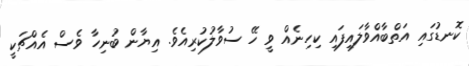
ކޮނޑުގައި އަތްބާއްވާލައިފައި ކިހިނެއް ވީ ހޭ ސުވާލުކުރިއެވެ. އިޔާން ބުނިހާ ވެސް އެއްޗަކީ